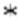
*